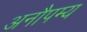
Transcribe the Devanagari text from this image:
अनौपम्य